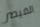
القيصر